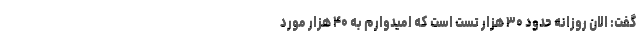
گفت: الان روزانه حدود ۳۰ هزار تست است که امیدوارم به ۴۰ هزار مورد